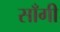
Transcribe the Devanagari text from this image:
साँगी